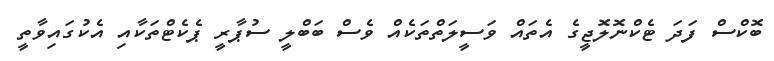
ބޮކްސް ފަދަ ޓެކްނޮލޮޖީގެ އެތައް ވަސީލަތްތަކެއް ވެސް ބަބްލީ ސުޕާރީ ޕެކެޓްތަކާއި އެކުގައިވާތީ